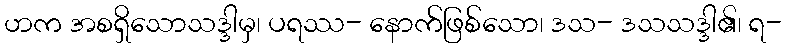
ဟက အစရှိသောသဒ္ဒါမှ၊ ပရဿ- နောက်ဖြစ်သော၊ ဒသ- ဒသသဒ္ဒါ၏၊ ရ-